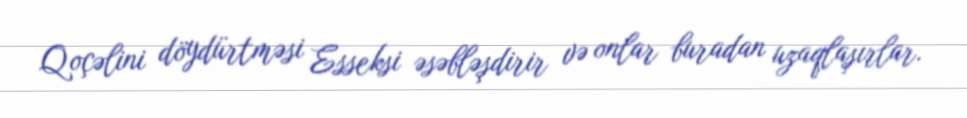
Qoçəlini döydürtməsi Esseksi əsəbləşdirir və onlar buradan uzaqlaşırlar.